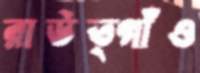
রাউত্গাঁও